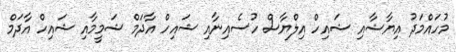
މުހައްމަދު އިޔާޟާއި ޝައިހް އިލްޔާސް ހުސެއިނާއި ޝައިހް އާދަމް ޝަމީމާއި ޝައިހް އާދަމް